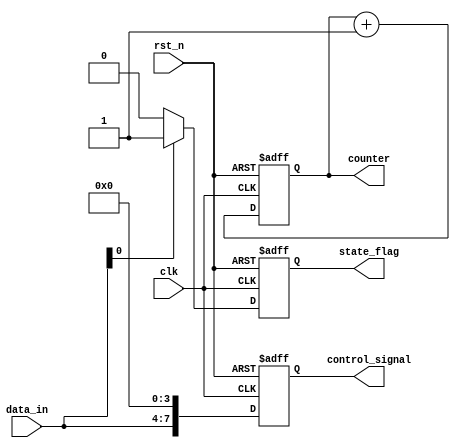
module default_state_initialization (
    input wire clk,          // Clock signal
    input wire rst_n,       // Active low reset signal
    input wire [3:0] data_in, // Example input data
    output reg [3:0] counter, // Example counter
    output reg state_flag,   // Example boolean state
    output reg [7:0] control_signal // Example control signal
);

// Default values
localparam DEFAULT_COUNTER = 4'b0000;
localparam DEFAULT_STATE_FLAG = 1'b0;
localparam DEFAULT_CONTROL_SIGNAL = 8'b00000000;

// Asynchronous reset logic
always @(posedge clk or negedge rst_n) begin
    if (!rst_n) begin
        // Reset state variables to default values
        counter <= DEFAULT_COUNTER;
        state_flag <= DEFAULT_STATE_FLAG;
        control_signal <= DEFAULT_CONTROL_SIGNAL;
    end else begin
        // Behavioral logic to update state variables
        // Example: Increment counter and update control signal based on input
        counter <= counter + 1; // Increment counter
        state_flag <= (data_in[0] == 1'b1) ? 1'b1 : 1'b0; // Example condition
        control_signal <= {data_in, 4'b0000}; // Example control signal update
    end
end

endmodule